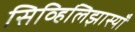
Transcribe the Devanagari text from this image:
सिव्हिलिझास्याँ